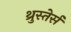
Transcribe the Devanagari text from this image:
थ्रुस्तेर्स